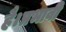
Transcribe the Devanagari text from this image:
है।प्रभावी